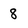
Character: 8